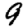
Digit: 9